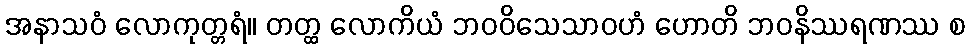
အနာသဝံ လောကုတ္တရံ။ တတ္ထ လောကိယံ ဘဝဝိသေသာဝဟံ ဟောတိ ဘဝနိဿရဏဿ စ